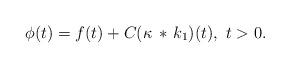
LaTeX: \begin{align*}\phi(t) = f(t) + C(\kappa\, *\, k_1)(t),\ t>0.\end{align*}